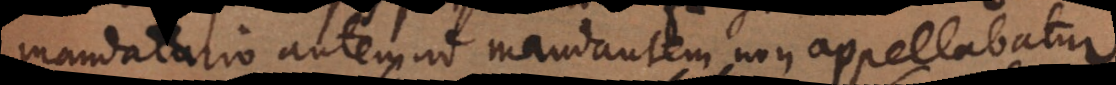
mandatario autem ad mandantem non appellabatur.